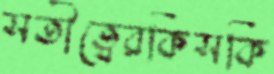
সতীত্বেরকিসকি